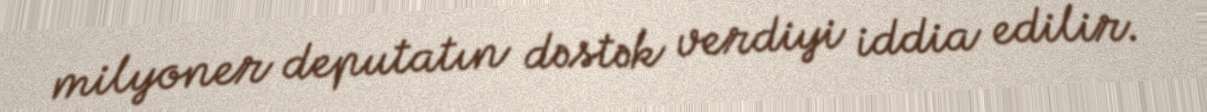
milyoner deputatın dəstək verdiyi iddia edilir.